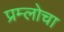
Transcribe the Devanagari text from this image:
प्रम्लोचा